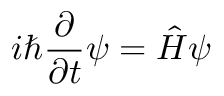
i \hbar { \frac { \partial } { \partial t } } \psi = { \hat { H } } \psi